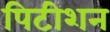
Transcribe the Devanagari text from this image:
पिटीशन